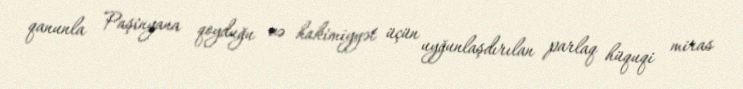
qanunla Paşinyana qoyduğu və hakimiyyət üçün uyğunlaşdırılan parlaq hüquqi miras